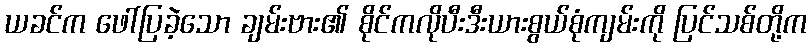
ယခင်က ဖေါ်ပြခဲ့သော ချမ်းဗား၏ စိုင်ကလိုပီးဒီးယားစွယ်စုံကျမ်းကို ပြင်သစ်တို့က